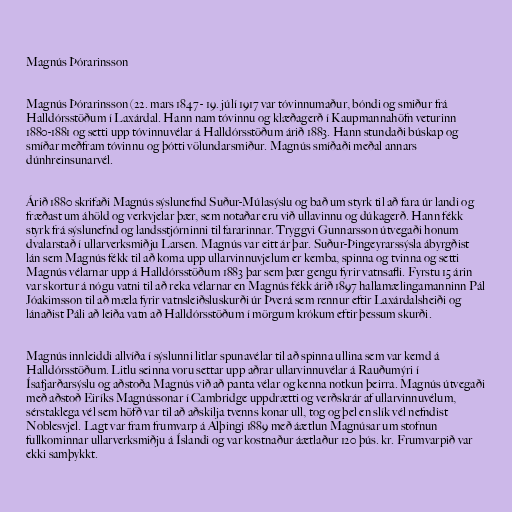
Magnús Þórarinsson

Magnús Þórarinsson (22. mars 1847 - 19. júlí 1917 var tóvinnumaður, bóndi og smiður frá
Halldórsstöðum í Laxárdal. Hann nam tóvinnu og klæðagerð í Kaupmannahöfn veturinn
1880-1881 og setti upp tóvinnuvélar á Halldórsstöðum árið 1883. Hann stundaði búskap og
smíðar meðfram tóvinnu og þótti völundarsmiður. Magnús smíðaði meðal annars
dúnhreinsunarvél.

Árið 1880 skrifaði Magnús sýslunefnd Suður-Múlasýslu og bað um styrk til að fara úr landi og
fræðast um áhöld og verkvjelar þær, sem notaðar eru við ullavinnu og dúkagerð. Hann fékk
styrk frá sýslunefnd og landsstjórninni til fararinnar. Tryggvi Gunnarsson útvegaði honum
dvalarstað í ullarverksmiðju Larsen. Magnús var eitt ár þar. Suður-Þingeyrarssýsla ábyrgðist
lán sem Magnús fékk til að koma upp ullarvinnuvjelum er kemba, spinna og tvinna og setti
Magnús vélarnar upp á Halldórsstöðum 1883 þar sem þær gengu fyrir vatnsafli. Fyrstu 15 árin
var skortur á nógu vatni til að reka vélarnar en Magnús fékk árið 1897 hallamælingamanninn Pál
Jóakimsson til að mæla fyrir vatnsleiðsluskurði úr Þverá sem rennur eftir Laxárdalsheiði og
lánaðist Páli að leiða vatn að Halldórsstöðum í mörgum krókum eftir þessum skurði.

Magnús innleiddi allvíða í sýslunni litlar spunavélar til að spinna ullina sem var kemd á
Halldórsstöðum. Litlu seinna voru settar upp aðrar ullarvinnuvélar á Rauðumýri í
Ísafjarðarsýslu og aðstoða Magnús við að panta vélar og kenna notkun þeirra. Magnús útvegaði
með aðstoð Eiríks Magnússonar í Cambridge uppdrætti og verðskrár af ullarvinnuvélum,
sérstaklega vél sem höfð var til að aðskilja tvenns konar ull, tog og þel en slík vél nefndist
Noblesvjel. Lagt var fram frumvarp á Alþingi 1889 með áætlun Magnúsar um stofnun
fullkominnar ullarverksmiðju á Íslandi og var kostnaður áætlaður 120 þús. kr. Frumvarpið var
ekki samþykkt.